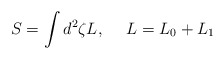
\begin{align*} S=\int d^2\zeta L,~~~~L=L_0+L_1\end{align*}